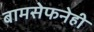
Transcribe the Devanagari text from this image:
बामसेफनेही